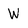
Character: H